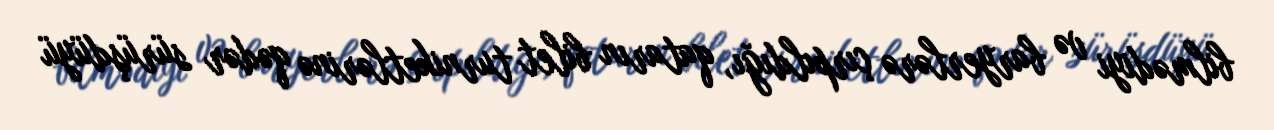
bilmədiyi və baryerlərə çırpıldığı, qatarın bilet turniketlərinə qədər sürüşdüyü